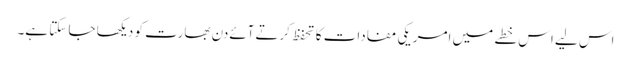
اس لیے اس خطے میں امریکی مفادات کا تحفظ کرتےآئےدن بھارت کو دیکھا جا سکتا ہے۔